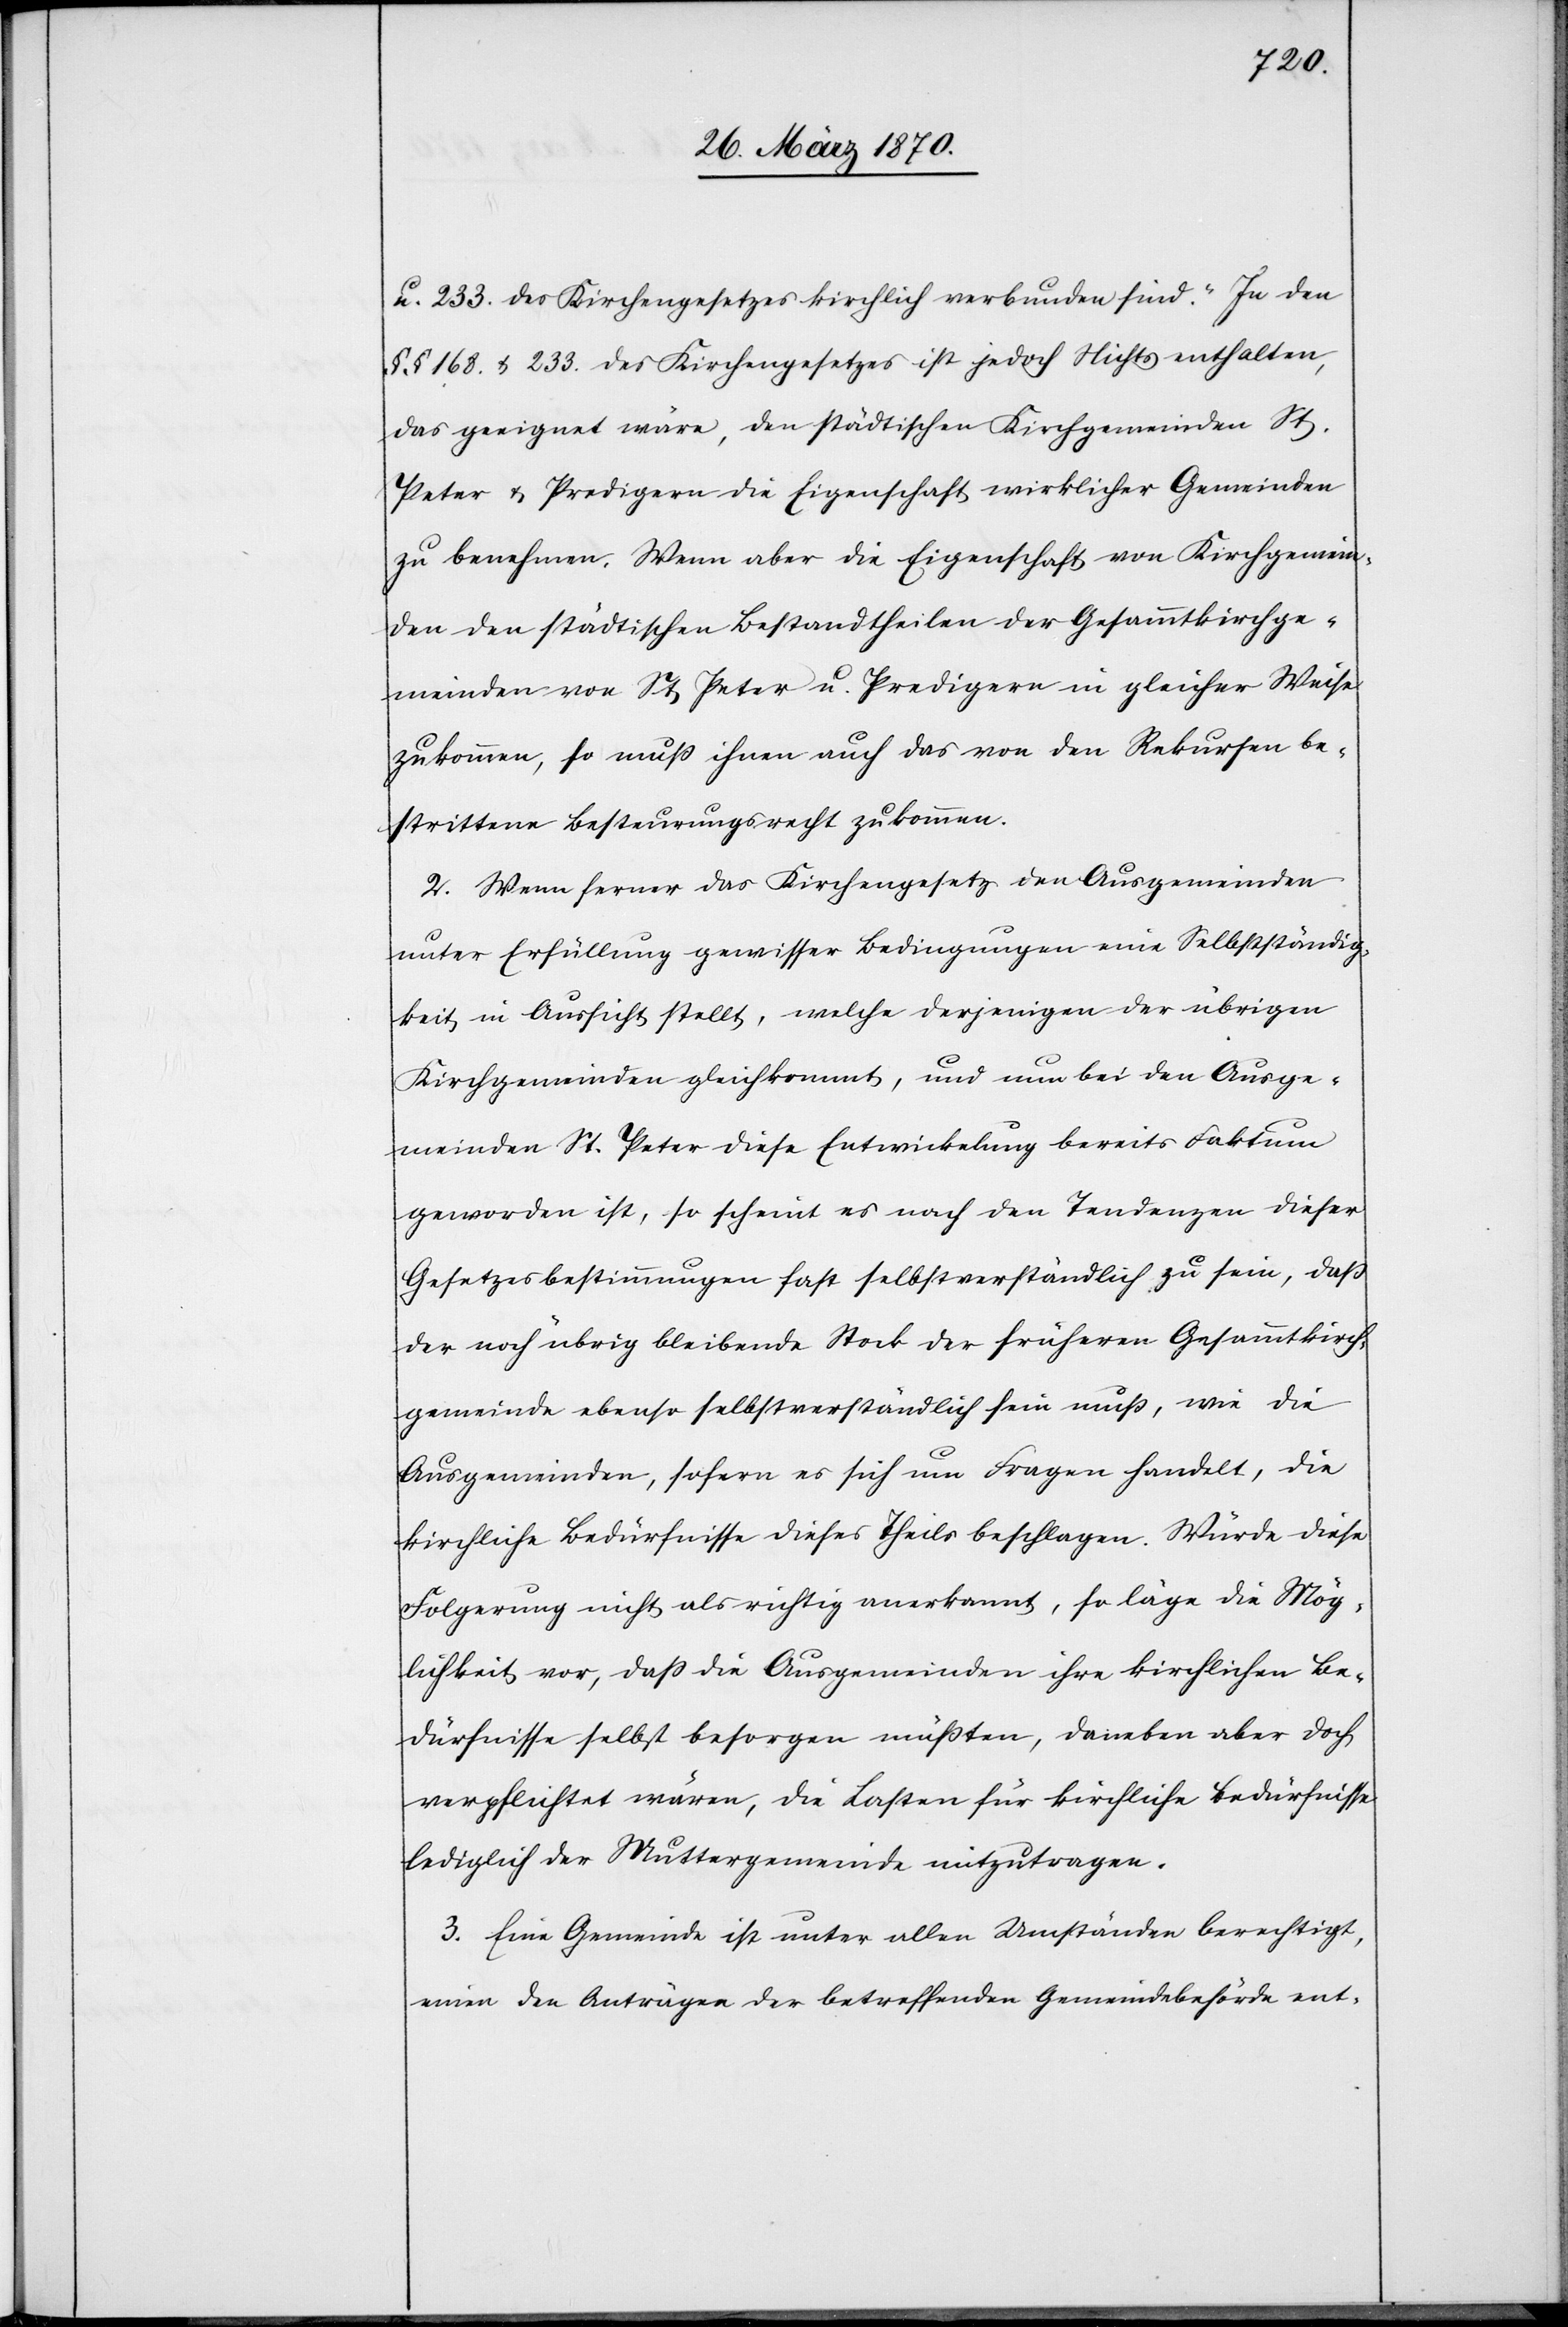
233. des Kirchengesetzes kirchlich verbunden sind.“ In den
§§ 168. & 233. des Kirchengesetzes ist jedoch Nichts enthalten,
das geeignet wäre, den städtischen Kirchgemeinden St.
Peter & Predigern die Eigenschaft wirklicher Gemeinden
zu benehmen. Wenn aber die Eigenschaft von Kirchgemein¬
den den städtischen Bestandtheilen der Gesammtkirchge¬
meinden von St. Peter u. Predigern in gleicher Weise
zukommen, so muß ihnen auch das von den Rekursen be¬
strittene Besteurungsrecht zukommen.
2. Wenn ferner das Kirchengesetz den Ausgemeinden
unter Erfüllung gewisser Bedingungen eine Selbstständig¬
keit in Aussicht stellt, welche derjenigen der übrigen
Kirchgemeinden gleichkommt, und nun bei den Ausge¬
meinden St. Peter diese Entwicklung bereits Faktum
geworden ist, so scheint es nach den Tendenzen dieser
Gesetzesbestimmungen fast selbstverständlich zu sein, daß
der noch übrig bleibende Stock der früherern Gesammtkirch¬
gemeinde ebenso selbstverständlich sein muß, wie die
Ausgemeinden, sofern es sich um Fragen handelt, die
kirchliche Bedürfnisse dieses Theils beschlagen. Würde diese
Folgerung nicht als richtig anerkannt, so läge die Mög¬
lichkeit vor, daß die Ausgemeinden ihre kirchlichen Be¬
dürfnisse selbst besorgen müßten, daneben aber doch
verpflichtet wären, die Lasten für kirchliche Bedürfnisse
lediglich der Muttergemeinde mitzutragen.
3. Eine Gemeinde ist unter allen Umständen berechtigt,
einen den Anträgen der betreffenden Gemeindebehörde ent-